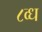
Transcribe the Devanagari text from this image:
८व्ध